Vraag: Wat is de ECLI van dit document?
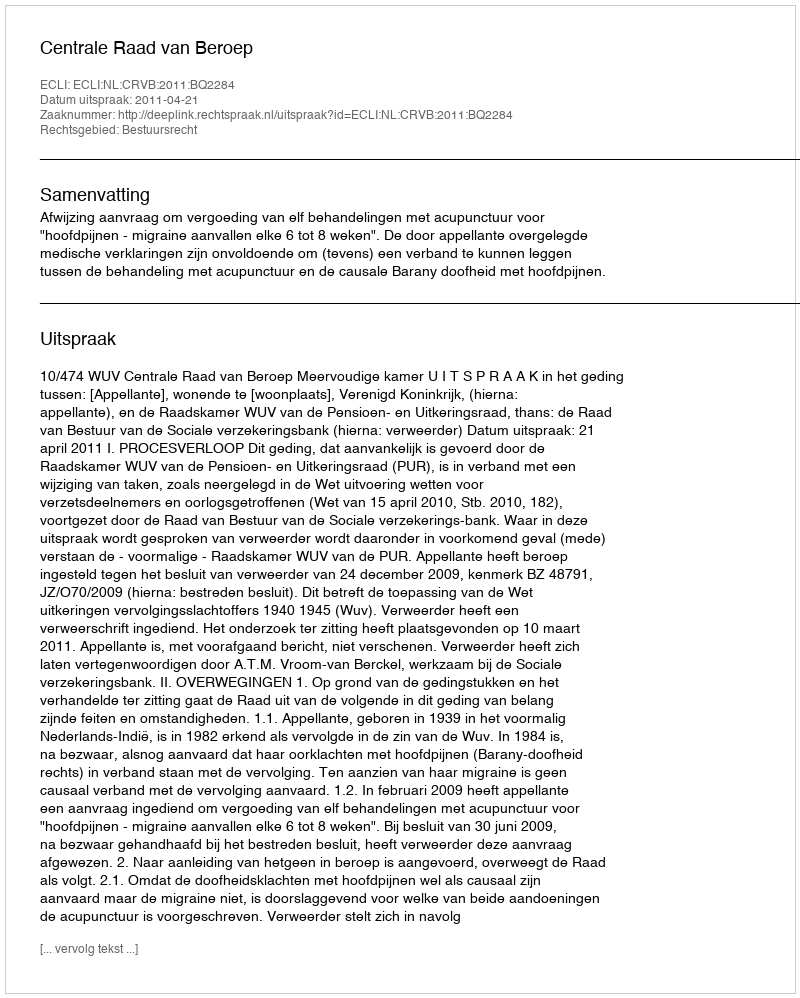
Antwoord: ECLI:NL:CRVB:2011:BQ2284